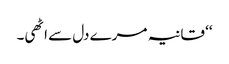
‘‘ قانیہ مرے دل سے اٹھی۔